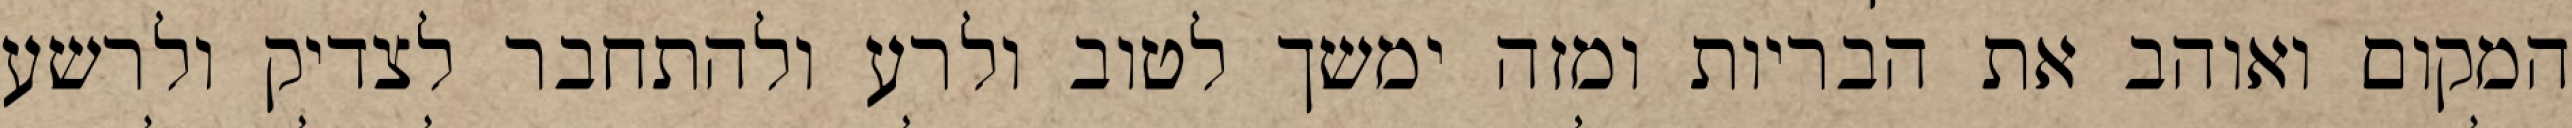
המקום ואוהב את הבריות ומזה ימשך לטוב ולרע ולהתחבר לצדיק ולרשע